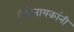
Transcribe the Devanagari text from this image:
सिनेनायकांनी